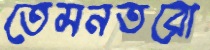
তেমনতরো